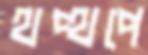
থপ্‌থপে